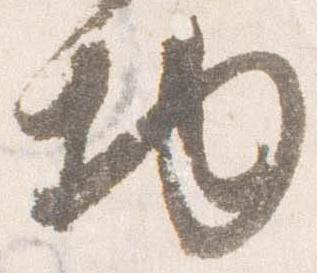
物